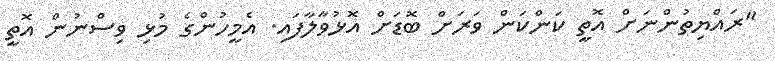
"ރައްޔިތުންނަށް އޮތީ ކަންކަން ވަރަށް ބޮޑަށް އޮޅުވާލާފައި. އެމީހުންގެ މުޅި ވިސްނުން އޮތީ